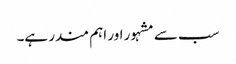
سب سے مشہور اور اہم مندر ہے۔